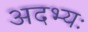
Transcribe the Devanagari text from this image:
अदभ्यः